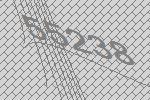
55238